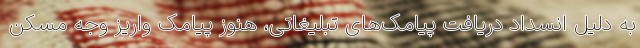
به دلیل انسداد دریافت پیامک‌های تبلیغاتی، هنوز پیامک واریز وجه مسکن